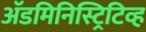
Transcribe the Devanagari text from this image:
अॅडमिनिस्ट्रिटिव्ह